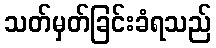
သတ်မှတ်ခြင်းခံရသည်